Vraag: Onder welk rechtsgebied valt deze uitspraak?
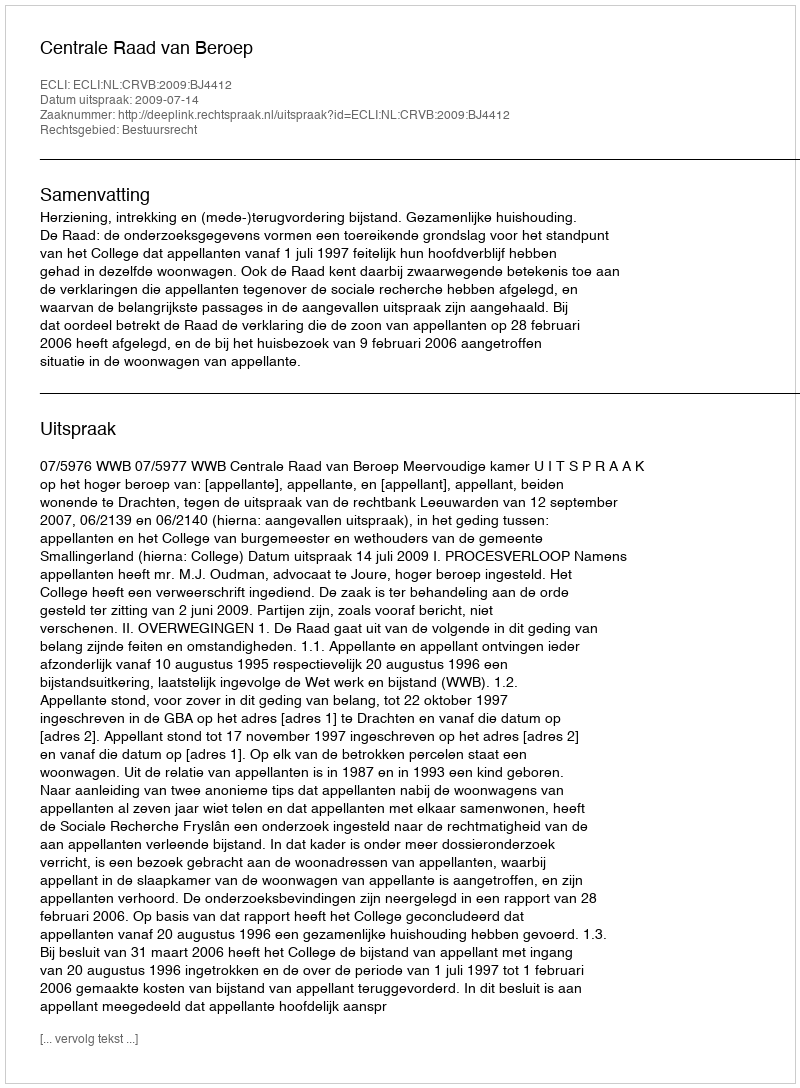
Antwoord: Bestuursrecht